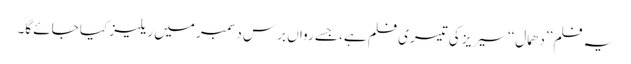
یہ فلم’’دھمال‘‘ سیریز کی تیسری فلم ہے، جسے رواں برس دسمبر میں ریلیز کیا جائے گا۔